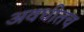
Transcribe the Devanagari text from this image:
अवधीतच